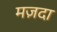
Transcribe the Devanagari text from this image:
मज़दा